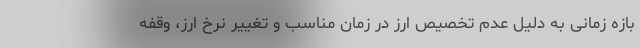
بازه زمانی به دلیل عدم تخصیص ارز در زمان مناسب و تغییر نرخ ارز، وقفه